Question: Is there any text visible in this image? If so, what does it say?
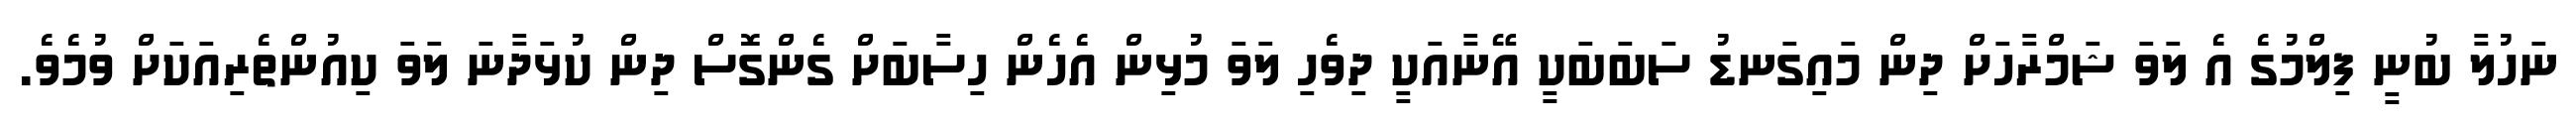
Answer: ނަހުލާ ބުނީ ފިލްމުގެ އެ ލަވަ ޝަމްރާހަށް ދިން މައިގަނޑު ސަބަބަކީ އޭނާއަކީ ދިވެހި ލަވަ މުޅިން އެހެން ހިސާބަށް ގެންގޮސް ދިން ކުޅަދާނަ ލަވަ ކިއުންތެރިއަކަށް ވުމެވެ.